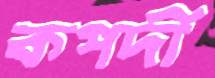
কপর্দী